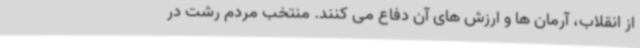
از انقلاب، آرمان ها و ارزش های آن دفاع می کنند. منتخب مردم رشت در